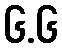
၆.၆